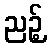
ညဉ့်